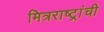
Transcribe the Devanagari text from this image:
मित्रराष्ट्रांची